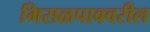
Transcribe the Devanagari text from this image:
मिसळपाववरील